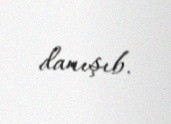
danışıb.